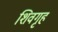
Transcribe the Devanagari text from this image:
शिवगृह